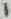
Text: 1